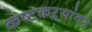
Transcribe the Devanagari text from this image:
कष्टकऱ्यांवर